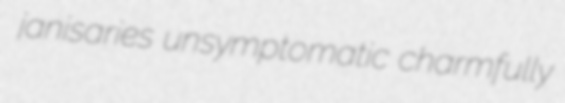
janisaries unsymptomatic charmfully